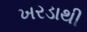
ખરડાથી